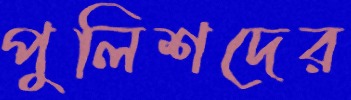
পুলিশদের